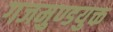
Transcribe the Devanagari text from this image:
गजमुण्डयुक्त